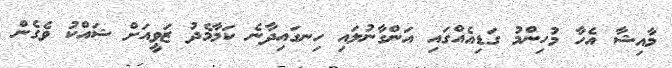
މާއިޝާ އެހާ މުހިންމު ގަޑިއެއްގައި އަންގާނުލައި ހިނގައިދާނެ ކަމާމެދު ޒަވީއަށް ޝައްކު ވެގެން